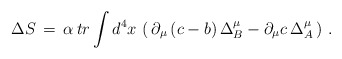
\begin{align*}\Delta S \,=\, \alpha \,tr\int d^4x \, \left( \,\partial_\mu \,(c-b)\,\Delta^\mu_B-\partial_\mu c \, \Delta^\mu_A \,\right)\,.\end{align*}